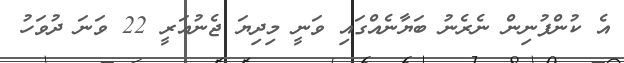
އެ ކުންފުނިން ނެރެނު ބަޔާނެއްގައި ވަނީ މިދިޔަ ޖެނުއަރީ 22 ވަނަ ދުވަހު